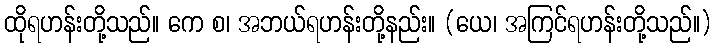
ထိုရဟန်းတို့သည်။ ကေ စ၊ အဘယ်ရဟန်းတို့နည်း။ (ယေ၊ အကြင်ရဟန်းတို့သည်။)